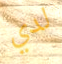
لدي